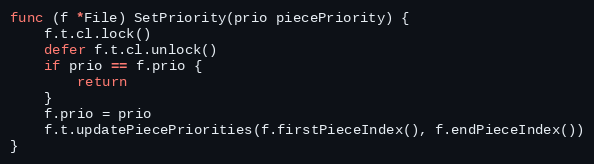
Language: Go
func (f *File) SetPriority(prio piecePriority) {
	f.t.cl.lock()
	defer f.t.cl.unlock()
	if prio == f.prio {
		return
	}
	f.prio = prio
	f.t.updatePiecePriorities(f.firstPieceIndex(), f.endPieceIndex())
}